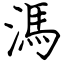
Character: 溤